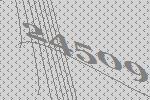
24509